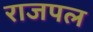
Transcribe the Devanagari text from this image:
राजपल